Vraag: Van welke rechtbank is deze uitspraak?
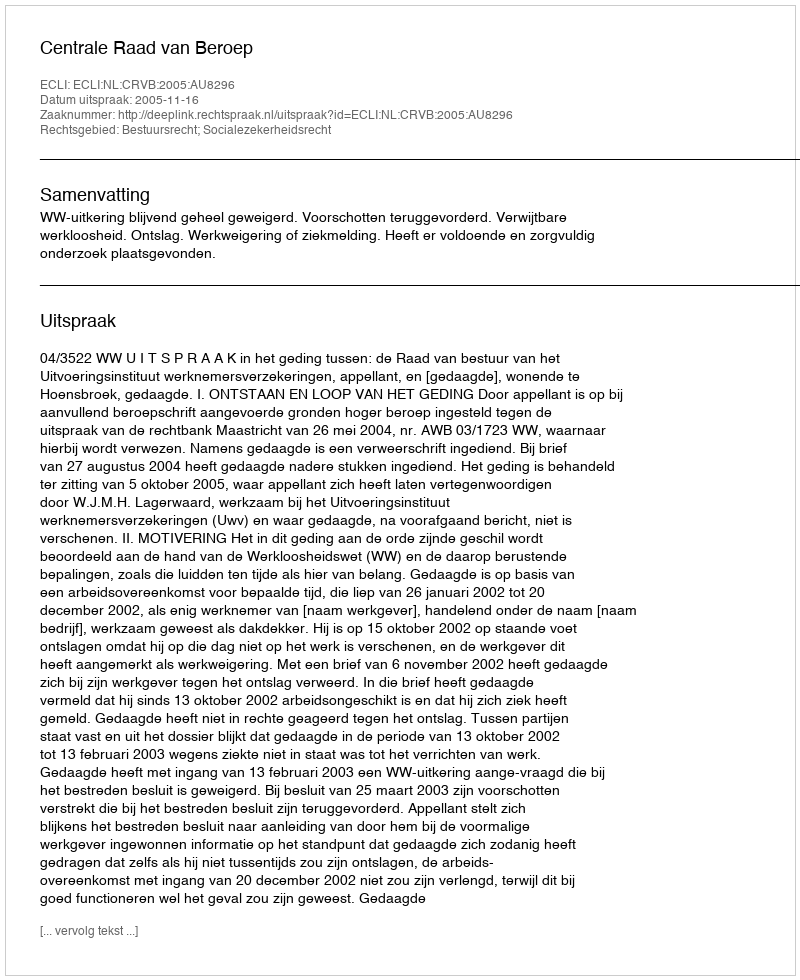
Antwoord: Centrale Raad van Beroep